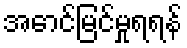
အောင်မြင်မှုရရန်